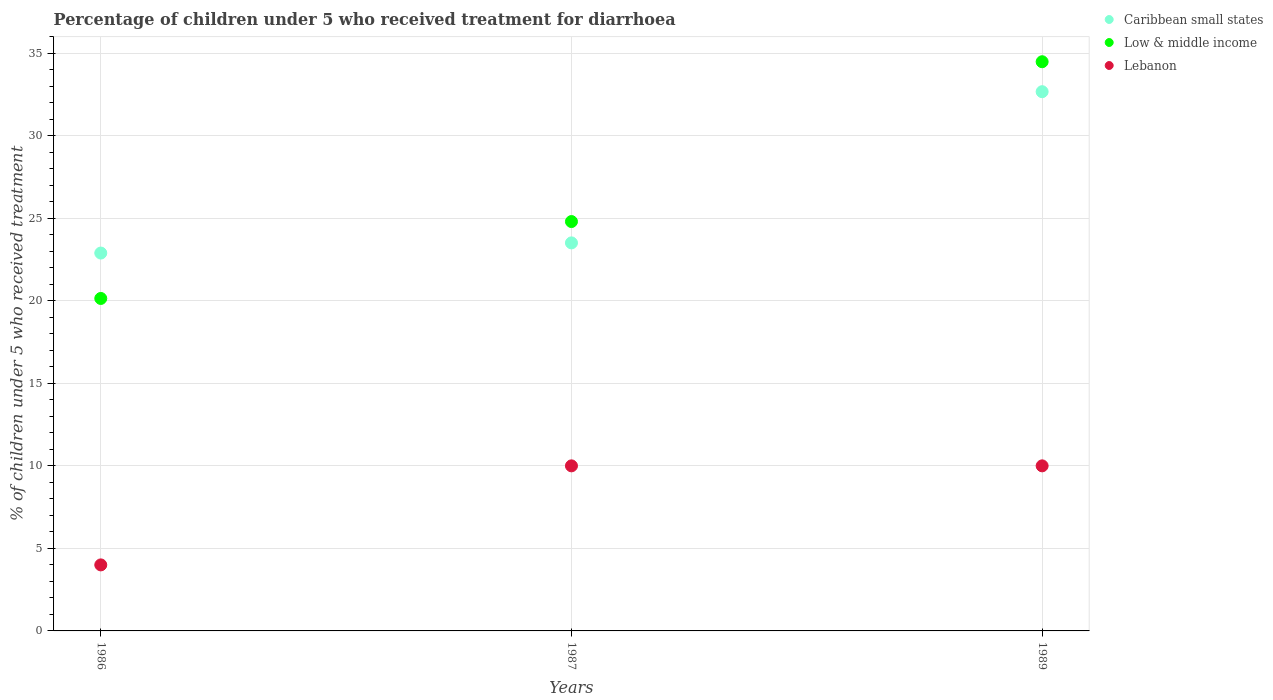
| Years | Caribbean small states | Low & middle income | Lebanon |
 | --- | --- | --- | --- |
 | 1986 | 22.9 | 20.1 | 4 |
 | 1987 | 23.5 | 24.8 | 10 |
 | 1989 | 32.7 | 34.5 | 10 |